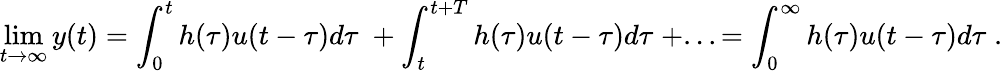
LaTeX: \operatorname*{lim}_{t\to\infty}y(t)=\int_{0}^{t}h(\tau)u(t-\tau)d\tau\; +\int_{t}^{t+T}h(\tau)u(t-\tau)d\tau\; +...=\int_{0}^{\infty}h(\tau)u(t-\tau)d\tau\; .